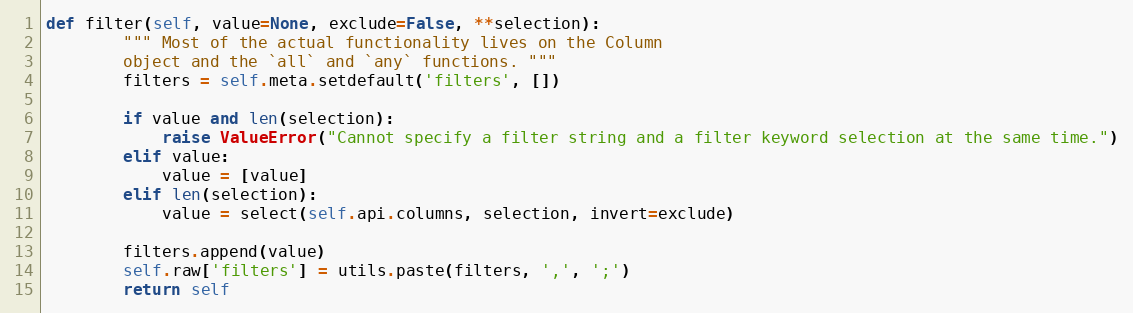
Language: Python
def filter(self, value=None, exclude=False, **selection):
        """ Most of the actual functionality lives on the Column
        object and the `all` and `any` functions. """
        filters = self.meta.setdefault('filters', [])

        if value and len(selection):
            raise ValueError("Cannot specify a filter string and a filter keyword selection at the same time.")
        elif value:
            value = [value]
        elif len(selection):
            value = select(self.api.columns, selection, invert=exclude)

        filters.append(value)
        self.raw['filters'] = utils.paste(filters, ',', ';')
        return self